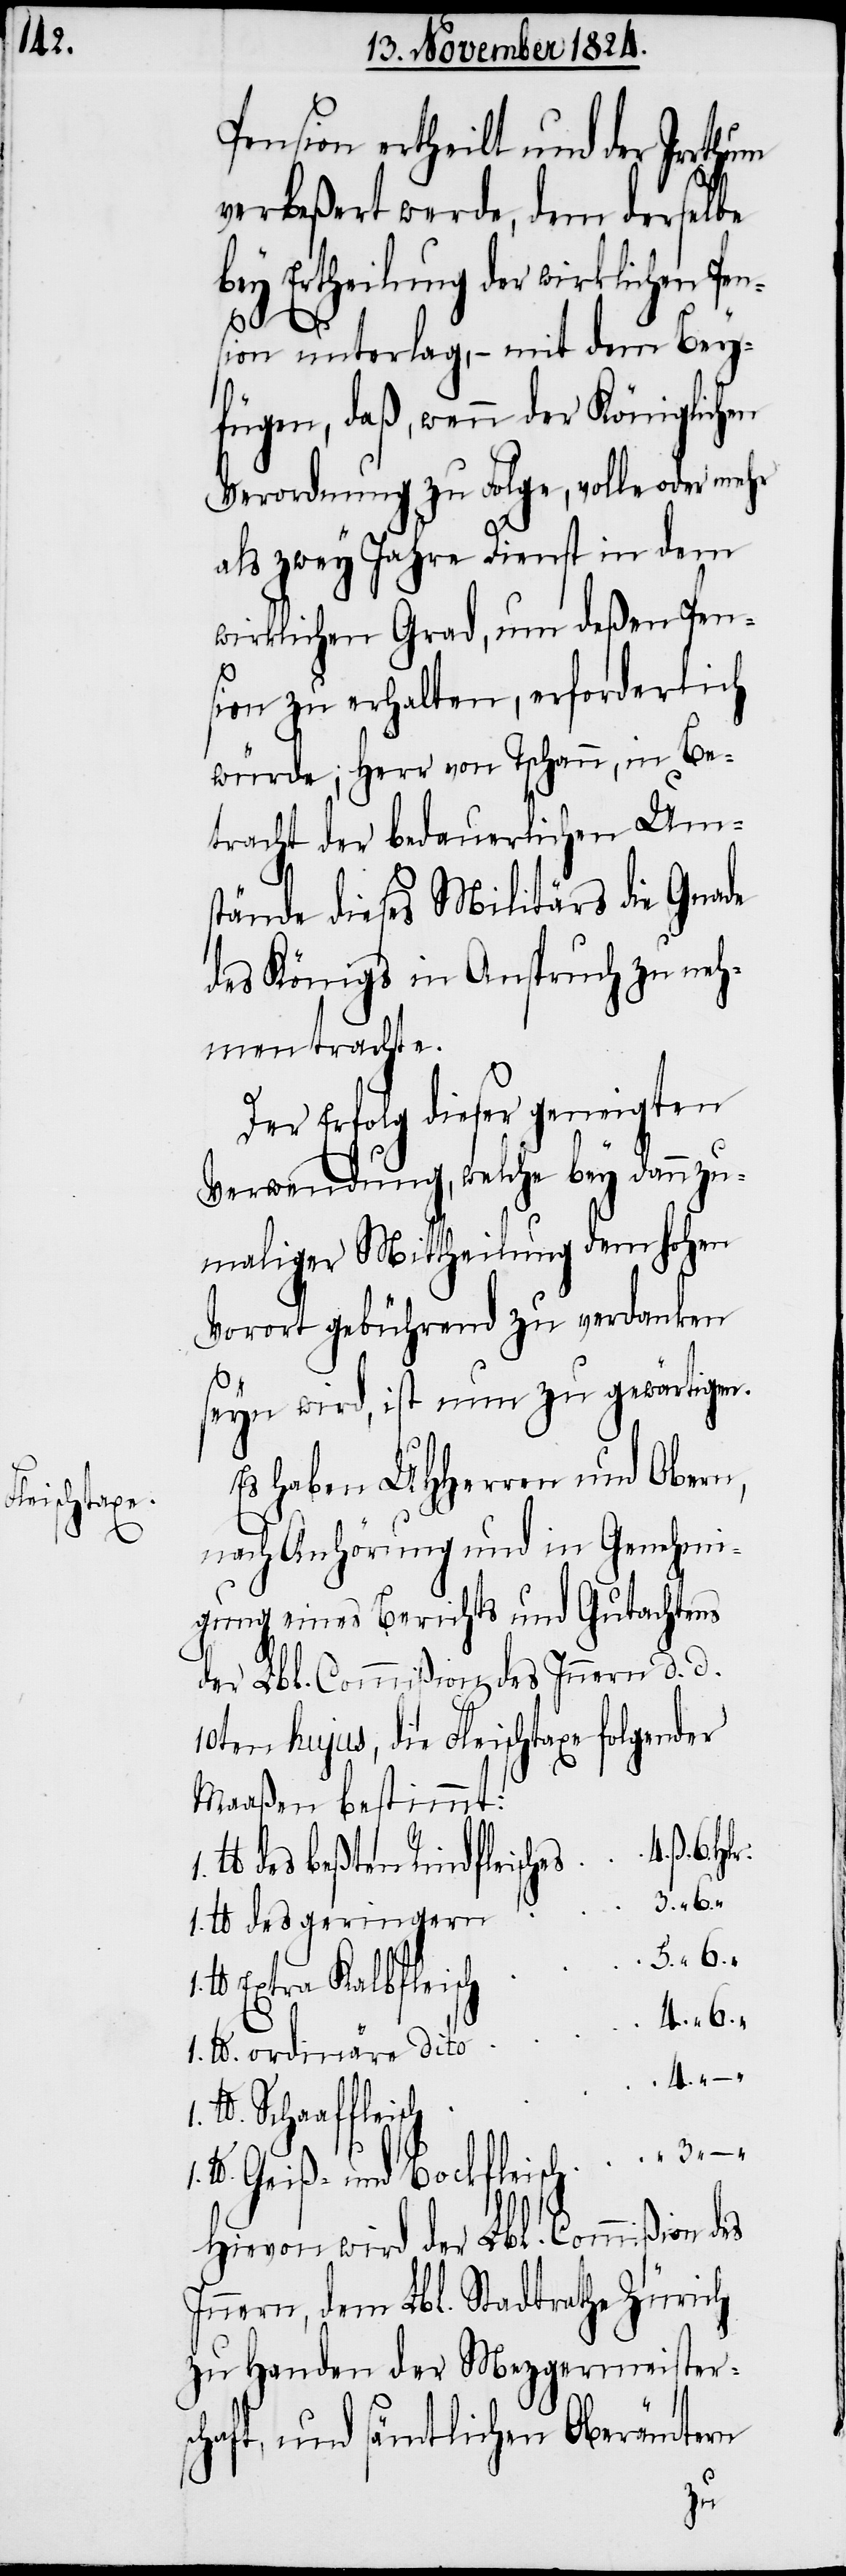
Pension ertheilt und der Irrthum
verbeßert werde, dem derselbe
bey Ertheilung der wirklichen Pen¬
sion unterlag, – mit dem Bey¬
fügen, daß, wenn der Königlichen
Verordnung zu Folge, volle oder mehr
als zwey Jahre Dienst in dem
wirklichen Grad, um deßen Pen¬
sion zu erhalten, erforderlich
würde; Herr von Tschann, in Be¬
tracht der bedauerlichen Ums¬
tände dieses Militärs die Gnade
des Königs in Anspruch zu neh¬
men trachte.
Der Erfolg dieser geneigten
Verwendung, welche bey dannzu¬
maliger Mittheilung dem hohen
Vorort gebührend zu verdanken
seyn wird, ist nun zu gewärtigen.
Es haben UHHerren und Obern,
nach Anhörung und in Genehmi¬
gung eines Berichts und Gutachtens
der Lbl. Commißion des Innern d. d.
10ten hujus, die Fleischtaxe folgender
Maaßen bestimmt:
1. lb.
lb des beßten Rindfleisch¬
s	4.
1. lb des geringern	3.
1.
lb Extra Kalbfleisc¬
1. lb. ordinäre dito	4.
lb. Geiß- und Bockfleisch	3.
Hievon wird der Lbl. Commißion des
Innern, dem Lbl. Stadtrathe Zürich
zu Handen der Mezgermeister¬
schaft, und sämtlichen Oberämtern